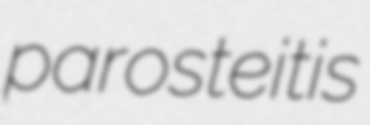
parosteitis